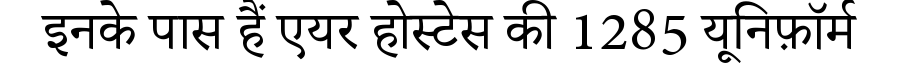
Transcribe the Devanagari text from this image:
इनके पास हैं एयर होस्टेस की 1285 यूनिफ़ॉर्म